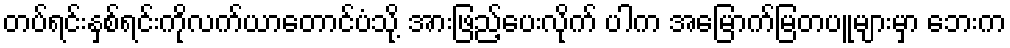
တပ်ရင်းနှစ်ရင်းကိုလက်ယာတောင်ပံသို့ အားဖြည့်ပေးလိုက် ပါက အမြောက်မြတပူများမှာ ဘေးက